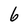
Character: 6